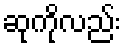
ဆုကိုလည်း